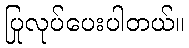
ပြုလုပ်ပေးပါတယ်။